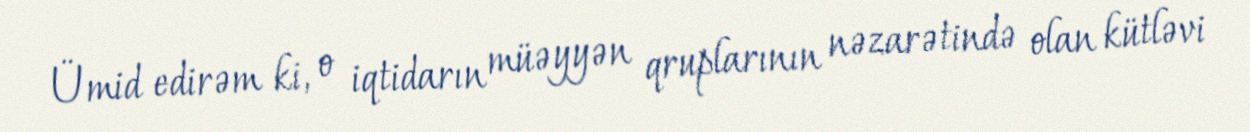
Ümid edirəm ki, o iqtidarın müəyyən qruplarının nəzarətində olan kütləvi